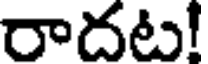
రాదట!